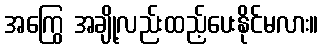
အကြွေ အချို့လည်းထည့်ပေးနိုင်မလား။